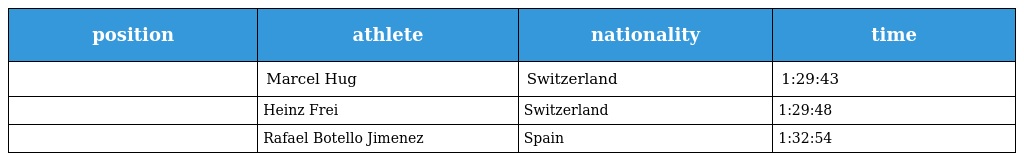
| position | athlete | nationality | time |
 | --- | --- | --- | --- |
 |  | Marcel Hug | Switzerland | 1:29:43 |
 |  | Heinz Frei | Switzerland | 1:29:48 |
 |  | Rafael Botello Jimenez | Spain | 1:32:54 |